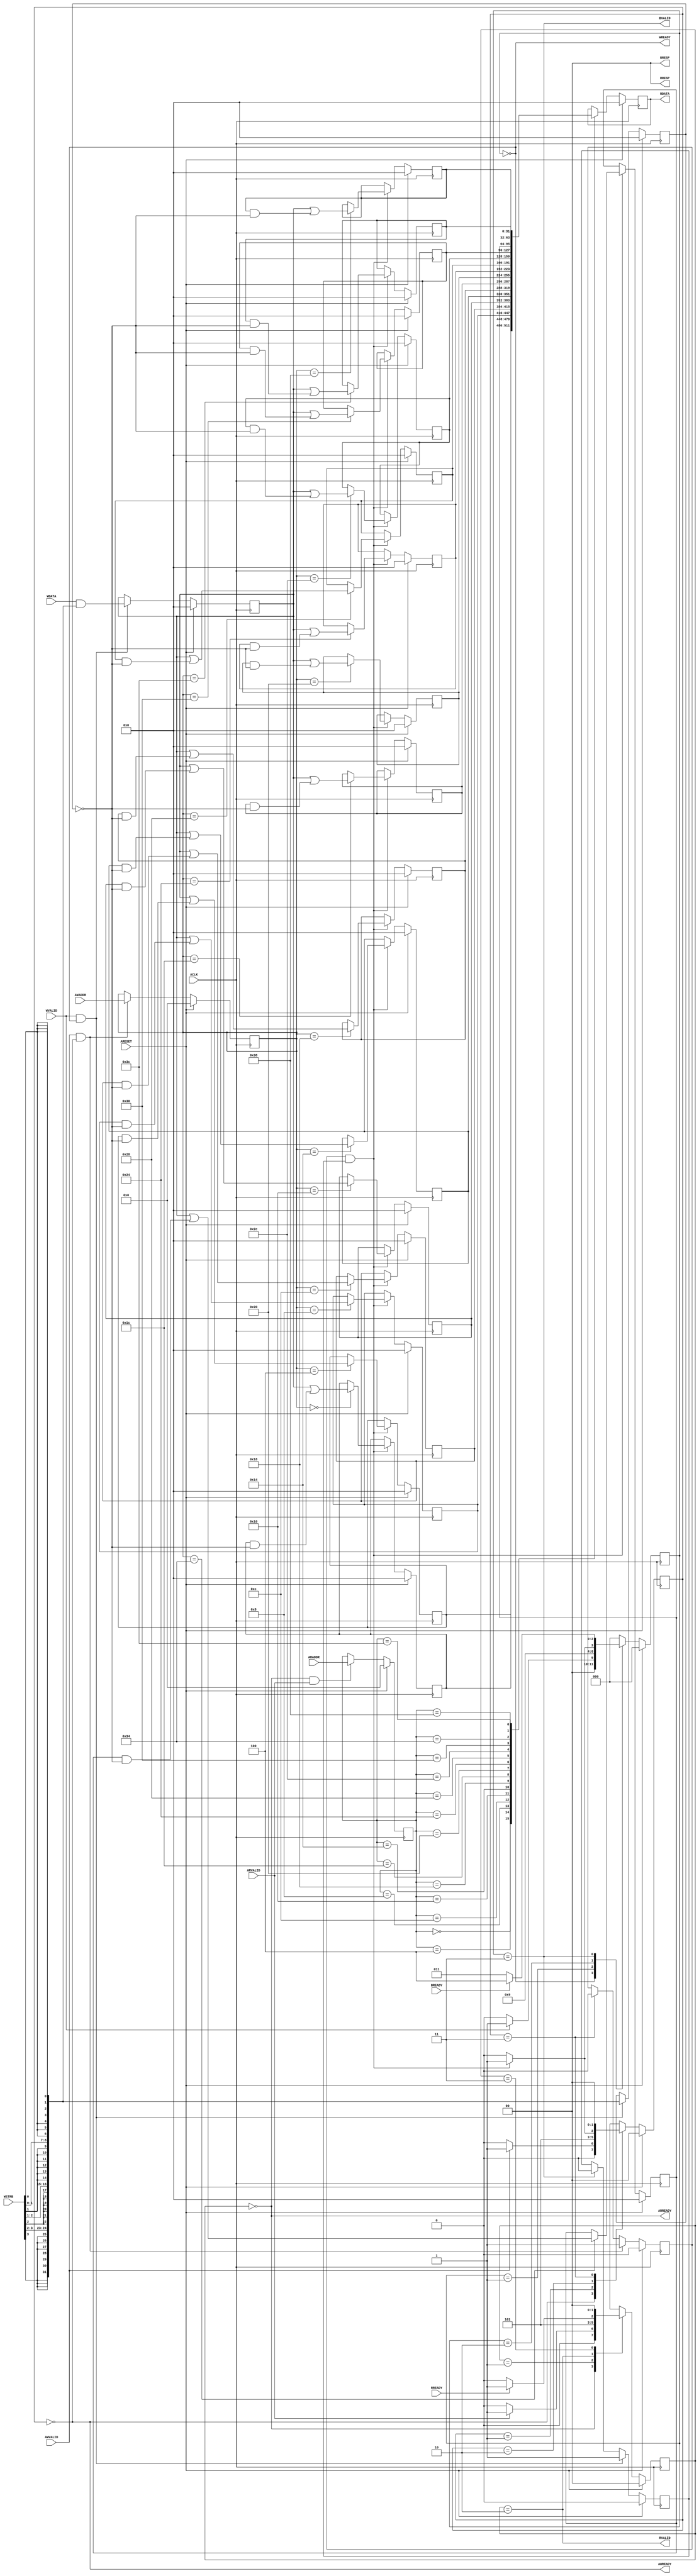
module s_axil_register # (
    parameter   S_AXI_ADDR_WIDTH = 6,
                S_AXI_DATA_WIDTH = 32
)
(   
    // Global
    input                                   ACLK    ,
    input                                   ARESET  ,

    // Write Address Channel (AW)
    input   [S_AXI_ADDR_WIDTH-1 : 0]        AWADDR  ,
    input                                   AWVALID ,
    output                                  AWREADY ,

    // Write Data Channel (W)
    input   [S_AXI_DATA_WIDTH-1 : 0]        WDATA   ,
    input                                   WVALID  ,
    output                                  WREADY  ,
    input   [S_AXI_DATA_WIDTH/8-1 : 0]      WSTRB   ,

    // Write Response Channel (B)
    output  [1 : 0]                         BRESP   ,
    output                                  BVALID  ,
    input                                   BREADY  ,

    // Read Address Channel (AR)
    input   [S_AXI_ADDR_WIDTH-1 : 0]        ARADDR  ,
    input                                   ARVALID ,
    output                                  ARREADY ,

    // Read Data Channel (R)
    output  [S_AXI_DATA_WIDTH-1 : 0]        RDATA   ,
    output  [1 : 0]                         RRESP   ,
    output                                  RVALID  ,
    input                                   RREADY
);  
    //======================================//
    //  Relationships between the channels  //
    //======================================//
    // * Write response must always follow the last write transfer
    //   in the write transaction of which it is a part.
    // * Read data must always follow the address to which the data relates.
    // * Channel handshakes must conform to the dependencies.

    //==================================================//
    //  Dependencies between channel handshake signals  //
    //==================================================//
    // * VALID signal of the AXI interface sending information must not be dependent
    //   on the READY signal of the AXI interface receiving that information.
    // * AXI interface that is receiving information can wait until it detects 
    //   a VALID signal before it asserts its corresponding READY signal.
    // * It is acceptable to assert READY before detecting the corresponding VALID.
    //   This can result in a more efficient design.

    //====================//
    //  Register Address  //
    //====================//
    localparam  ADDR_REG_0 = 'h00, ADDR_REG_8 = 'h20,
                ADDR_REG_1 = 'h04, ADDR_REG_9 = 'h24,
                ADDR_REG_2 = 'h08, ADDR_REG_A = 'h28,
                ADDR_REG_3 = 'h0C, ADDR_REG_B = 'h2C,
                ADDR_REG_4 = 'h10, ADDR_REG_C = 'h30,
                ADDR_REG_5 = 'h14, ADDR_REG_D = 'h34,
                ADDR_REG_6 = 'h18, ADDR_REG_E = 'h38,
                ADDR_REG_7 = 'h1C, ADDR_REG_F = 'h3C;

    //=============//
    //  Registers  //
    //=============//
    reg     [S_AXI_DATA_WIDTH-1 : 0]    registers [0 : 15];


    //=========================================//
    //  Write Transaction Dependencies (Slave) //
    //=========================================//
    // * Slave can wait for AWVALID or WVALID, or both before asserting AWREADY.
    // * Slave can assert AWREADY before AWVALID or WVALID, or both, are asserted.
    // * Slave can assert WREADY before AWVALID or WVALID, or both, are asserted.
    // * Slave must wait for both WVALID and WREADY to be asseted before asserting BVALID.
    // * Slave must not wait for the master to assert BREADY before asserting BVALID.

    
    //=====================//
    //  Write Address FSM  //
    //=====================//
    localparam  ST_AW_IDLE = 2'd0,      // IDLE    state 
                ST_AW_PREP = 2'd1,      // Prepare state
                ST_AW_WAIT = 2'd2,      // Wait    state
                ST_AW_DONE = 2'd3;      // Done    state 

    reg     [1 : 0]                     aw_state, aw_next;  // AW FSM states
    reg     [S_AXI_ADDR_WIDTH-1 : 0]    aw_reg;             // AW register
    wire                                aw_hs;              // AW handshake
    reg                                 aw_hs_flag;         // AW handshake flag

    /* AW FSM */ 
    always @ (posedge ACLK) begin
        if (ARESET)     aw_state <= ST_AW_IDLE;
        else            aw_state <= aw_next;
    end

    /* AW FSM Transition */
    // ST_AW_IDLE -> ST_AW_PREP : When AWVALID asserted 
    // ST_AW_PREP -> ST_AW_WAIT : No condition
    // ST_AW_WAIT -> ST_AW_DONE : When hadnshake occurred on both AW and W channel
    // ST_AW_DONE -> ST_AW_IDLE : No condition
    always @ (*) begin
        aw_next = aw_state;
        case (aw_state)
            ST_AW_IDLE : if (AWVALID)       aw_next = ST_AW_PREP; 
                         else               aw_next = ST_AW_IDLE;
            ST_AW_PREP :                    aw_next = ST_AW_WAIT;
            ST_AW_WAIT : if (aw_w_hs_flag)  aw_next = ST_AW_DONE;
                         else               aw_next = ST_AW_WAIT;
            ST_AW_DONE :                    aw_next = ST_AW_IDLE;
            default    :                    aw_next = ST_AW_IDLE;
        endcase
    end

    assign aw_hs   = (AWVALID & AWREADY);       // AW handshake
    assign AWREADY = (aw_state == ST_AW_IDLE);  // When state is AW_IDLE, assert AWREADY

    /* [aw_reg] */
    // When AW handshake occurs, AWADDR is stored in aw_reg
    always @ (posedge ACLK) begin
        if      (ARESET)        aw_reg <= 'h0;
        else if (aw_hs)         aw_reg <= AWADDR;
    end

    /* [aw_hs_flag] */
    // When AW handshake occurs, aw_hs_flag = 1
    // When AW state is AW_DONE, aw_hs_flag = 0
    always @ (posedge ACLK) begin
        if      (ARESET)                    aw_hs_flag = 1'b0;
        else if (aw_hs)                     aw_hs_flag = 1'b1;
        else if (aw_state == ST_AW_DONE)    aw_hs_flag = 1'b0;
    end

    //==================//
    //  Write Data FSM  //
    //==================//
    localparam  ST_W_IDLE = 3'd0,   // IDLE     state
                ST_W_PREP = 3'd1,   // Prepare  state
                ST_W_WAIT = 3'd2,   // Wait     state
                ST_W_RESP = 3'd3,   // Response state
                ST_W_DONE = 3'd4;   // Done     state

    reg     [2 : 0]                     w_state, w_next;    // W FSM states
    reg     [S_AXI_DATA_WIDTH-1 : 0]    w_reg;              // W register
    wire    [S_AXI_DATA_WIDTH-1 : 0]    w_mask;             // W mask
    reg     [S_AXI_DATA_WIDTH-1 : 0]    w_mask_reg;         // W mask register
    wire                                w_hs;               // W handshake
    reg                                 w_hs_flag;          // W handshake flag
    
    wire                                aw_w_hs_flag;       // AW, W handshake flag

    /* W FSM */
    always @ (posedge ACLK) begin
        if (ARESET)     w_state <= ST_W_IDLE;
        else            w_state <= w_next;
    end

    /* W FSM Transition */
    // ST_W_IDLE -> ST_W_PREP : When WVALID asserted
    // ST_W_PREP -> ST_W_WAIT : No condition
    // ST_W_WAIT -> ST_W_RESP : When hadnshake occurred on both AW and W channel
    // ST_W_RESP -> ST_W_DONE : When BREADY asserted
    // ST_W_DONE -> ST_W_IDLE : No condition
    always @ (*) begin
        w_next = w_state;
        case (w_state)
            ST_W_IDLE : if (WVALID)         w_next = ST_W_PREP;
                        else                w_next = ST_W_IDLE;
            ST_W_PREP :                     w_next = ST_W_WAIT;
            ST_W_WAIT : if (aw_w_hs_flag)   w_next = ST_W_RESP;
                        else                w_next = ST_W_WAIT;
            ST_W_RESP : if (BREADY)         w_next = ST_W_DONE;
                        else                w_next = ST_W_RESP;
            ST_W_DONE :                     w_next = ST_W_IDLE;
            default   :                     w_next = ST_W_IDLE;
        endcase
    end

    assign w_hs   = (WVALID & WREADY);              // W handshake
    assign WREADY = (w_state == ST_W_IDLE);         // When state is IDLE, assert WREADY
    assign BVALID = (w_state == ST_W_RESP);         // When state is RESP, assert BREADY
    assign BRESP  = 2'b00;                          // Fix BRESP "OKAY"

    assign aw_w_hs_flag = aw_hs_flag & w_hs_flag;   // AW, W handshake flag
    assign w_mask  = { {8{WSTRB[3]}}, {8{WSTRB[2]}}, {8{WSTRB[1]}}, {8{WSTRB[0]}} };    // Strobe mask

    /* [w_reg] */
    // When W handshake occurs, WDATA is stored with a mask applied to w_reg 
    always @ (posedge ACLK) begin
        if      (ARESET)                w_reg <= 'h0;
        else if (w_hs)                  w_reg <= (WDATA & w_mask);
    end
    
    /* [w_mask_reg] */
    // When W handshake occurs, w_mask is stored in w_mask_reg 
    always @ (posedge ACLK) begin
        if      (ARESET)                w_mask_reg <= 'h0;
        else if (w_hs)                  w_mask_reg <= w_mask;
    end
    
    /* [w_hs_flag] */
    // When W handshake occurs, w_hs_flag = 1
    // When W state is W_RESP,  w_hs_flag = 0
    always @ (posedge ACLK) begin
        if      (ARESET)                w_hs_flag <= 1'b0;
        else if (w_hs)                  w_hs_flag <= 1'b1;
        else if (w_state == ST_W_RESP)  w_hs_flag <= 1'b0;
    end

    integer i;

    /* [registers] */
    // When AW, W handshake occurs, 
    // w_reg is stored in registers[i] according to address in aw_reg
    always @ (posedge ACLK) begin
        if (ARESET) begin
            for (i = 0; i < 16; i = i + 1) registers[i] <= 'h0;
        end
        else if (aw_w_hs_flag) begin
            case (aw_reg)
                ADDR_REG_0 : registers[0]  <= w_reg | (registers[0]  & ~w_mask_reg);
                ADDR_REG_1 : registers[1]  <= w_reg | (registers[1]  & ~w_mask_reg);
                ADDR_REG_2 : registers[2]  <= w_reg | (registers[2]  & ~w_mask_reg);
                ADDR_REG_3 : registers[3]  <= w_reg | (registers[3]  & ~w_mask_reg);
                ADDR_REG_4 : registers[4]  <= w_reg | (registers[4]  & ~w_mask_reg);
                ADDR_REG_5 : registers[5]  <= w_reg | (registers[5]  & ~w_mask_reg);
                ADDR_REG_6 : registers[6]  <= w_reg | (registers[6]  & ~w_mask_reg);
                ADDR_REG_7 : registers[7]  <= w_reg | (registers[7]  & ~w_mask_reg);
                ADDR_REG_8 : registers[8]  <= w_reg | (registers[8]  & ~w_mask_reg);
                ADDR_REG_9 : registers[9]  <= w_reg | (registers[9]  & ~w_mask_reg);
                ADDR_REG_A : registers[10] <= w_reg | (registers[10] & ~w_mask_reg);
                ADDR_REG_B : registers[11] <= w_reg | (registers[11] & ~w_mask_reg);
                ADDR_REG_C : registers[12] <= w_reg | (registers[12] & ~w_mask_reg);
                ADDR_REG_D : registers[13] <= w_reg | (registers[13] & ~w_mask_reg);
                ADDR_REG_E : registers[14] <= w_reg | (registers[14] & ~w_mask_reg);
                ADDR_REG_F : registers[15] <= w_reg | (registers[15] & ~w_mask_reg);
            endcase
        end
    end


    //========================================//
    //  Read Transaction Dependencies (Slave) //
    //========================================//
    // * Slave can wait for ARVALID to be asserted before it asserts ARREADY.
    // * Slave can assert ARREADY before ARVALID is asserted.
    // * Slave must wait for both ARVALID and ARREADY to be asserted before it asserts RVALID.
    // * Slave must not wait for the master to assert RREADY before asserting RVALID.

    //============//
    //  Read FSM  //
    //============//
    localparam  ST_R_IDLE = 2'd0,   // IDLE     state 
                ST_R_PREP = 2'd1,   // Prepare  state
                ST_R_DATA = 2'd2,   // Data     state
                ST_R_DONE = 2'd3;   // Done     state

    reg     [1 : 0]                     r_state, r_next;    // Read FSM states
    reg     [S_AXI_ADDR_WIDTH-1 : 0]    ar_reg;             // ARADDR Register
    wire                                ar_hs;              // AR channel handshake
    reg     [S_AXI_DATA_WIDTH-1 : 0]    r_reg;              // RDATA register

    /* R FSM */ 
    always @ (posedge ACLK) begin
        if (ARESET)     r_state <= ST_R_IDLE;
        else            r_state <= r_next;
    end
    /* R FSM Transition */
    // ST_R_IDLE -> ST_R_PREP : When ARVALID asserted
    // ST_R_PREP -> ST_R_DATA : No condition
    // ST_R_DATA -> ST_R_DONE : When RREADY asserted
    // ST_R_DONE -> ST_R_IDLE : No condition
    always @ (*) begin
        r_next = r_state;
        case (r_state)
            ST_R_IDLE : if (ARVALID)    r_next = ST_R_PREP;
                        else            r_next = ST_R_IDLE;
            ST_R_PREP :                 r_next = ST_R_DATA;
            ST_R_DATA : if (RREADY)     r_next = ST_R_DONE;
                        else            r_next = ST_R_DATA;
            ST_R_DONE :                 r_next = ST_R_IDLE;
            default   :                 r_next = ST_R_IDLE;
        endcase
    end

    assign ar_hs   = (ARREADY & ARVALID);       // AR handshake
    assign ARREADY = (r_state == ST_R_IDLE);    // When state is IDLE, assert ARREADY
    assign RVALID  = (r_state == ST_R_DATA);    // When state is DATA, assert RVALID
    assign RRESP   = 2'b00;                     // Fix RRESP "OKAY"
    assign RDATA   = r_reg;                     // RDATA

    /* [ar_reg] */
    // When AR handshake occurs, ARADDR is stored in ar_reg
    always @ (posedge ACLK) begin
        if      (ARESET)    ar_reg <= 'h0;
        else if (ar_hs)     ar_reg <= ARADDR;
    end

    /* [r_reg] */
    // r_reg is data according to address in ar_reg
    always @ (posedge ACLK) begin
        if (ARESET) 
            r_reg <= 'h0;
        else begin
            case (ar_reg)
                ADDR_REG_0 : r_reg <= registers[0];
                ADDR_REG_1 : r_reg <= registers[1];
                ADDR_REG_2 : r_reg <= registers[2];
                ADDR_REG_3 : r_reg <= registers[3];
                ADDR_REG_4 : r_reg <= registers[4];
                ADDR_REG_5 : r_reg <= registers[5];
                ADDR_REG_6 : r_reg <= registers[6];
                ADDR_REG_7 : r_reg <= registers[7];
                ADDR_REG_8 : r_reg <= registers[8];
                ADDR_REG_9 : r_reg <= registers[9];
                ADDR_REG_A : r_reg <= registers[10];
                ADDR_REG_B : r_reg <= registers[11];
                ADDR_REG_C : r_reg <= registers[12];
                ADDR_REG_D : r_reg <= registers[13];
                ADDR_REG_E : r_reg <= registers[14];
                ADDR_REG_F : r_reg <= registers[15];
            endcase
        end
    end

    

    //===============//
    //  Debug State  //
    //===============//
    // * To view confortably in waveform

    // synthesis translate_off
    reg     [8*7-1 : 0]     AW_STATE;
    always @ (*) begin
        case (aw_state)
            ST_AW_IDLE : AW_STATE = "AW_IDLE";
            ST_AW_PREP : AW_STATE = "AW_PREP";
            ST_AW_WAIT : AW_STATE = "AW_WAIT";
            ST_AW_DONE : AW_STATE = "AW_DONE";
            default    : AW_STATE = "XX_XXXX";
        endcase
    end

    reg     [8*7-1 : 0]     W_STATE;
    always @ (*) begin
        case (w_state)
            ST_W_IDLE : W_STATE = "WR_IDLE";
            ST_W_PREP : W_STATE = "WR_PREP";
            ST_W_WAIT : W_STATE = "WR_WAIT";
            ST_W_RESP : W_STATE = "WR_RESP";
            ST_W_DONE : W_STATE = "WR_DONE";
            default   : W_STATE = "XX_XXXX";
        endcase
    end

    reg     [8*7-1 : 0]     RD_STATE;
    always @ (*) begin
        case (r_state)
            ST_R_IDLE : RD_STATE = "RD_IDLE";
            ST_R_PREP : RD_STATE = "RD_PREP";
            ST_R_DATA : RD_STATE = "RD_DATA";
            ST_R_DONE : RD_STATE = "RD_DONE";
            default   : RD_STATE = "XX_XXXX";
        endcase
    end

    reg     [S_AXI_DATA_WIDTH : 0]  reg_0_00, reg_1_04, reg_2_08, reg_3_0C, 
                                    reg_4_10, reg_5_14, reg_6_18, reg_7_1C,
                                    reg_8_20, reg_9_24, reg_A_28, reg_B_2C, 
                                    reg_C_30, reg_D_34, reg_E_38, reg_F_3C;
    always @ (*) begin
        reg_0_00 = registers[0];
        reg_1_04 = registers[1];
        reg_2_08 = registers[2];
        reg_3_0C = registers[3];
        reg_4_10 = registers[4];
        reg_5_14 = registers[5];
        reg_6_18 = registers[6];
        reg_7_1C = registers[7];
        reg_8_20 = registers[8];
        reg_9_24 = registers[9];
        reg_A_28 = registers[10];
        reg_B_2C = registers[11];
        reg_C_30 = registers[12];
        reg_D_34 = registers[13];
        reg_E_38 = registers[14];
        reg_F_3C = registers[15];
    end

    // synthesis translate_on


endmodule